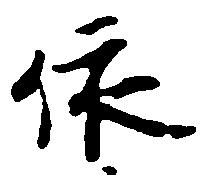
依